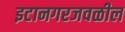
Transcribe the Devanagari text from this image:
इटानगरजवळील